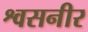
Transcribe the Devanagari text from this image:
श्वसनीर